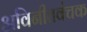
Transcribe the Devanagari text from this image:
अविनीतवंचक